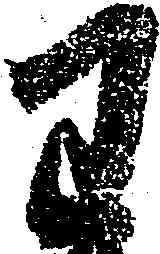
わ